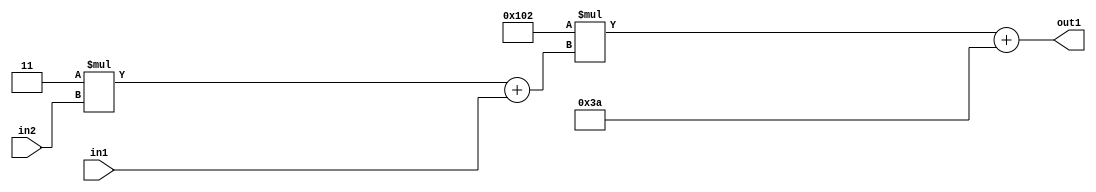
`timescale 1ps / 1ps
/*****************************************************************************
    Verilog RTL Description
    
    
    Created by: Stratus DpOpt 2019.1.01 
*******************************************************************************/

module DC_Filter_Add2i58Mul2i258Add2u1Mul2i3u2_4 (
	in2,
	in1,
	out1
	); /* architecture "behavioural" */ 
input [1:0] in2;
input  in1;
output [11:0] out1;
wire [11:0] asc001;
wire [3:0] asc002;

wire [3:0] asc002_tmp_0;
assign asc002_tmp_0 = 
	+(4'B0011 * in2);
assign asc002 = asc002_tmp_0
	+(in1);

wire [11:0] asc001_tmp_1;
assign asc001_tmp_1 = 
	+(12'B000100000010 * asc002);
assign asc001 = asc001_tmp_1
	+(12'B000000111010);

assign out1 = asc001;
endmodule

/* CADENCE  v7byQwk= : u9/ySgnWtBlWxVPRXgAZ4Og= ** DO NOT EDIT THIS LINE ******/